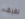
نضيف